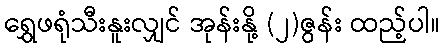
ရွှေဖရုံသီးနူးလျှင် အုန်းနို့ (၂)ဇွန်း ထည့်ပါ။